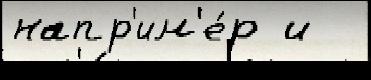
напр'им'е́р и